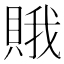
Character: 𧶕